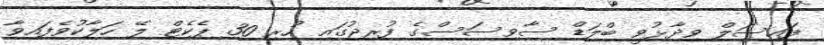
ފައިސަލް ވިދާޅުވީ ބްލަޑް ސާވިސަސްގެ ފުރިޖުގައި ހުރި 30 ޕެކެޓް ލޭ ހަލާކުވެފައިވާ